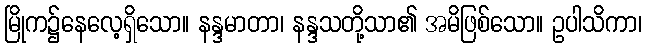
မြိုက၌နေလေ့ရှိသော။ နန္ဒမာတာ၊ နန္ဒသတို့သာ၏ အမိဖြစ်သော။ ဥပါသိကာ၊